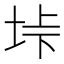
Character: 垰